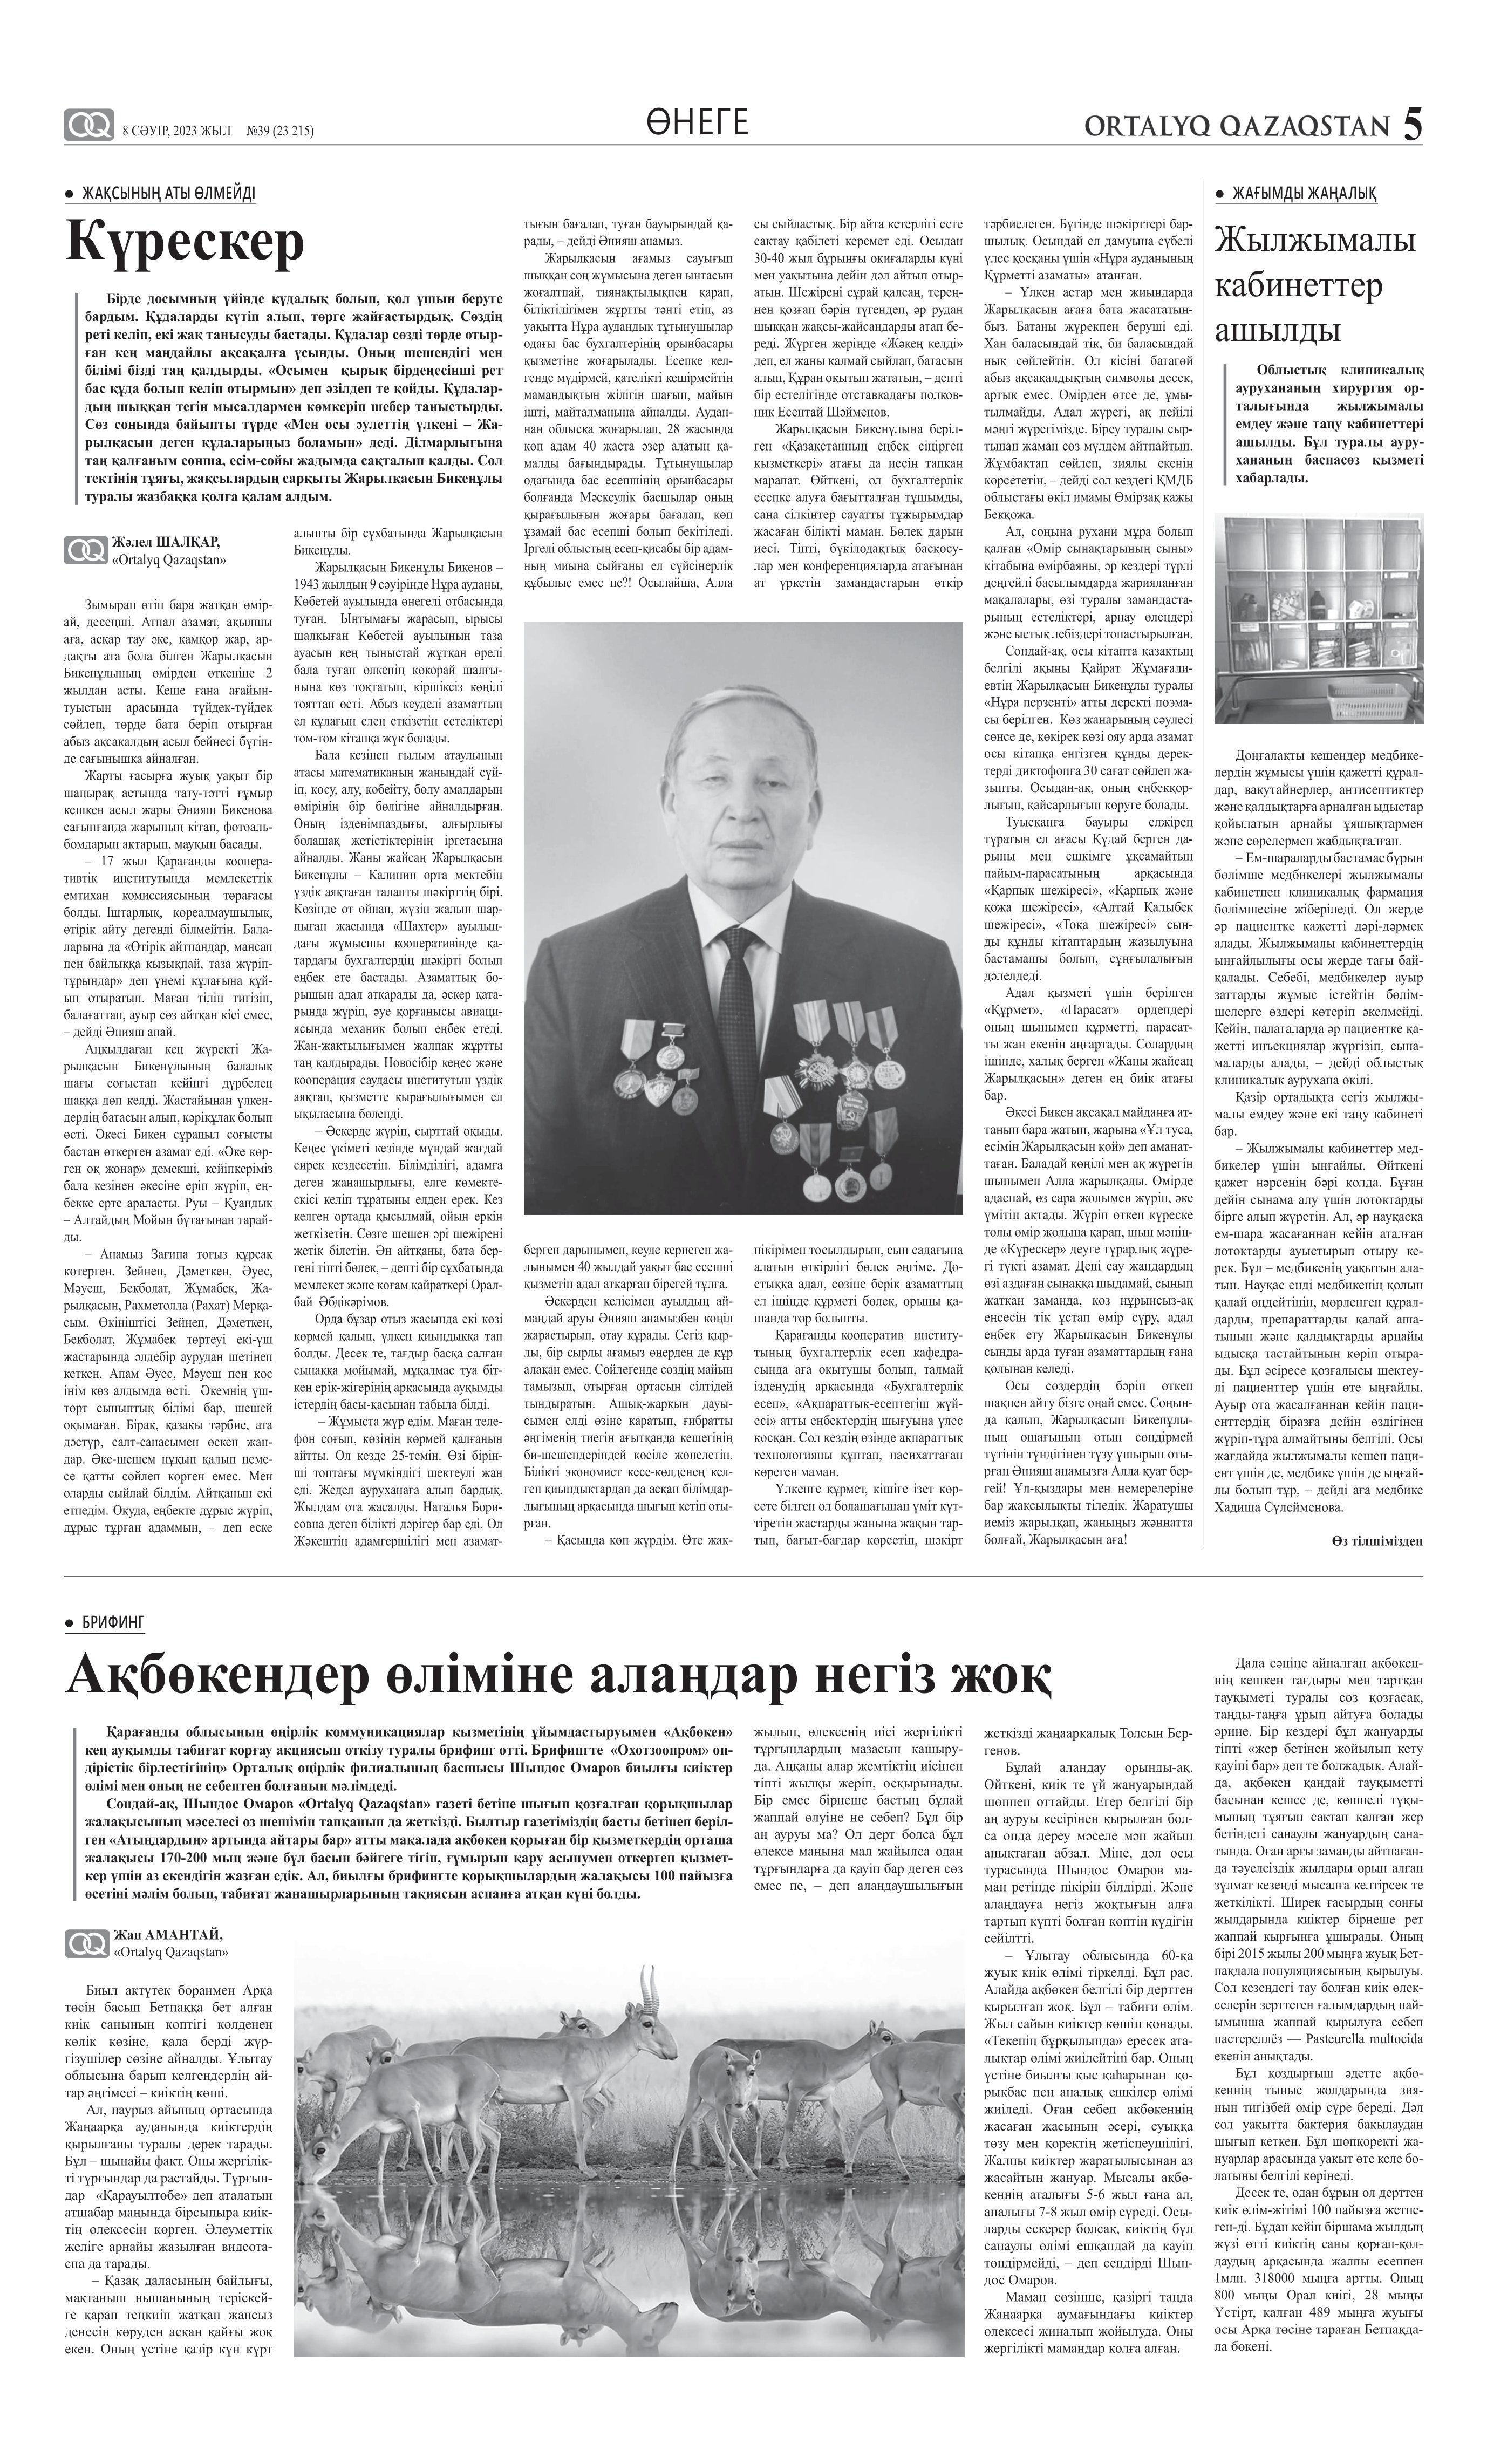
Language: kk